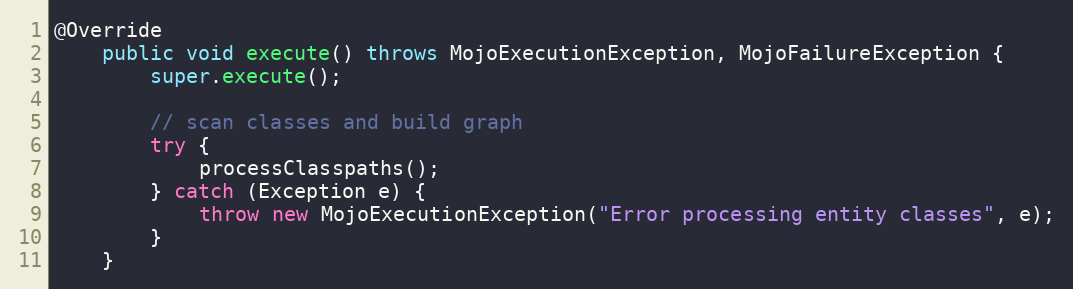
Language: Java
@Override
    public void execute() throws MojoExecutionException, MojoFailureException {
        super.execute();

        // scan classes and build graph
        try {
            processClasspaths();
        } catch (Exception e) {
            throw new MojoExecutionException("Error processing entity classes", e);
        }
    }